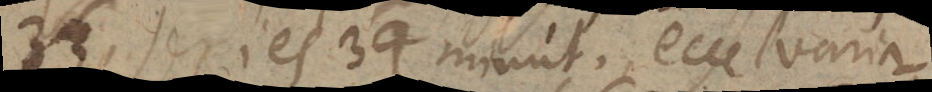
33, sexies 34 minut. Ecce varia-